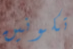
تكونين